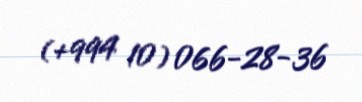
(+994 10) 066-28-36